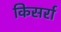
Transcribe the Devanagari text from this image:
किसर्रा